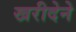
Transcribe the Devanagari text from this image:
खरीदेने